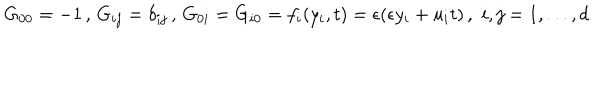
G _ { 0 0 } = - 1 \, , \, G _ { i j } = \delta _ { i j } \, , \, G _ { 0 i } = G _ { i 0 } = f _ { i } ( y _ { i } , t ) = \epsilon ( \epsilon y _ { i } + u _ { i } t ) \, , \, \, i , j = 1 , . . . , d